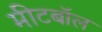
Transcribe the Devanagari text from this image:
मीटबॉल